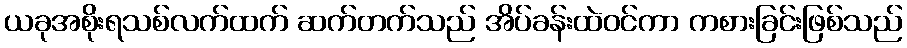
ယခုအစိုးရသစ်လက်ထက် ဆက်တက်သည် အိပ်ခန်းထဲဝင်ကာ ကစားခြင်းဖြစ်သည်